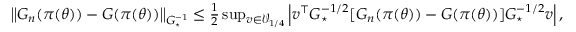
\begin{array} { r } { \left\lVert G _ { n } ( \pi ( \theta ) ) - G ( \pi ( \theta ) ) \right\rVert _ { G _ { \star } ^ { - 1 } } \le \frac 1 2 \operatorname* { s u p } _ { v \in \mathcal { V } _ { 1 / 4 } } \left| v ^ { \top } G _ { \star } ^ { - 1 / 2 } [ G _ { n } ( \pi ( \theta ) ) - G ( \pi ( \theta ) ) ] G _ { \star } ^ { - 1 / 2 } v \right| , } \end{array}